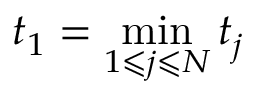
t _ { 1 } = \operatorname* { m i n } _ { 1 \leqslant j \leqslant N } t _ { j }